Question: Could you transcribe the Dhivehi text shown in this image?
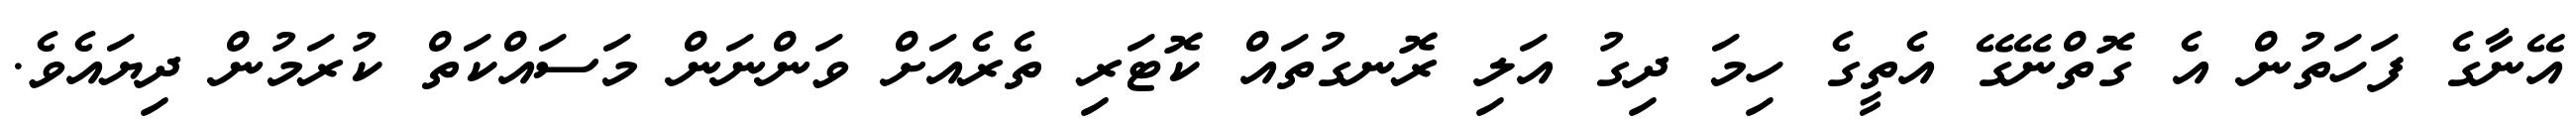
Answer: އޭނާގެ ފަހަތުން އެ ގޮތްނޭގޭ އެތީގެ ހިމަ ދިގު އަލި ރޮނގުތައް ކޮޓަރި ތެރެއަށް ވަންނަން މަސައްކަތް ކުރަމުން ދިޔައެވެ.